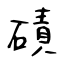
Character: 磧